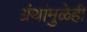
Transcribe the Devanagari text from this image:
ग्रंथांमुळेही